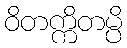
ဝိတက္ကိတမ္ပိ